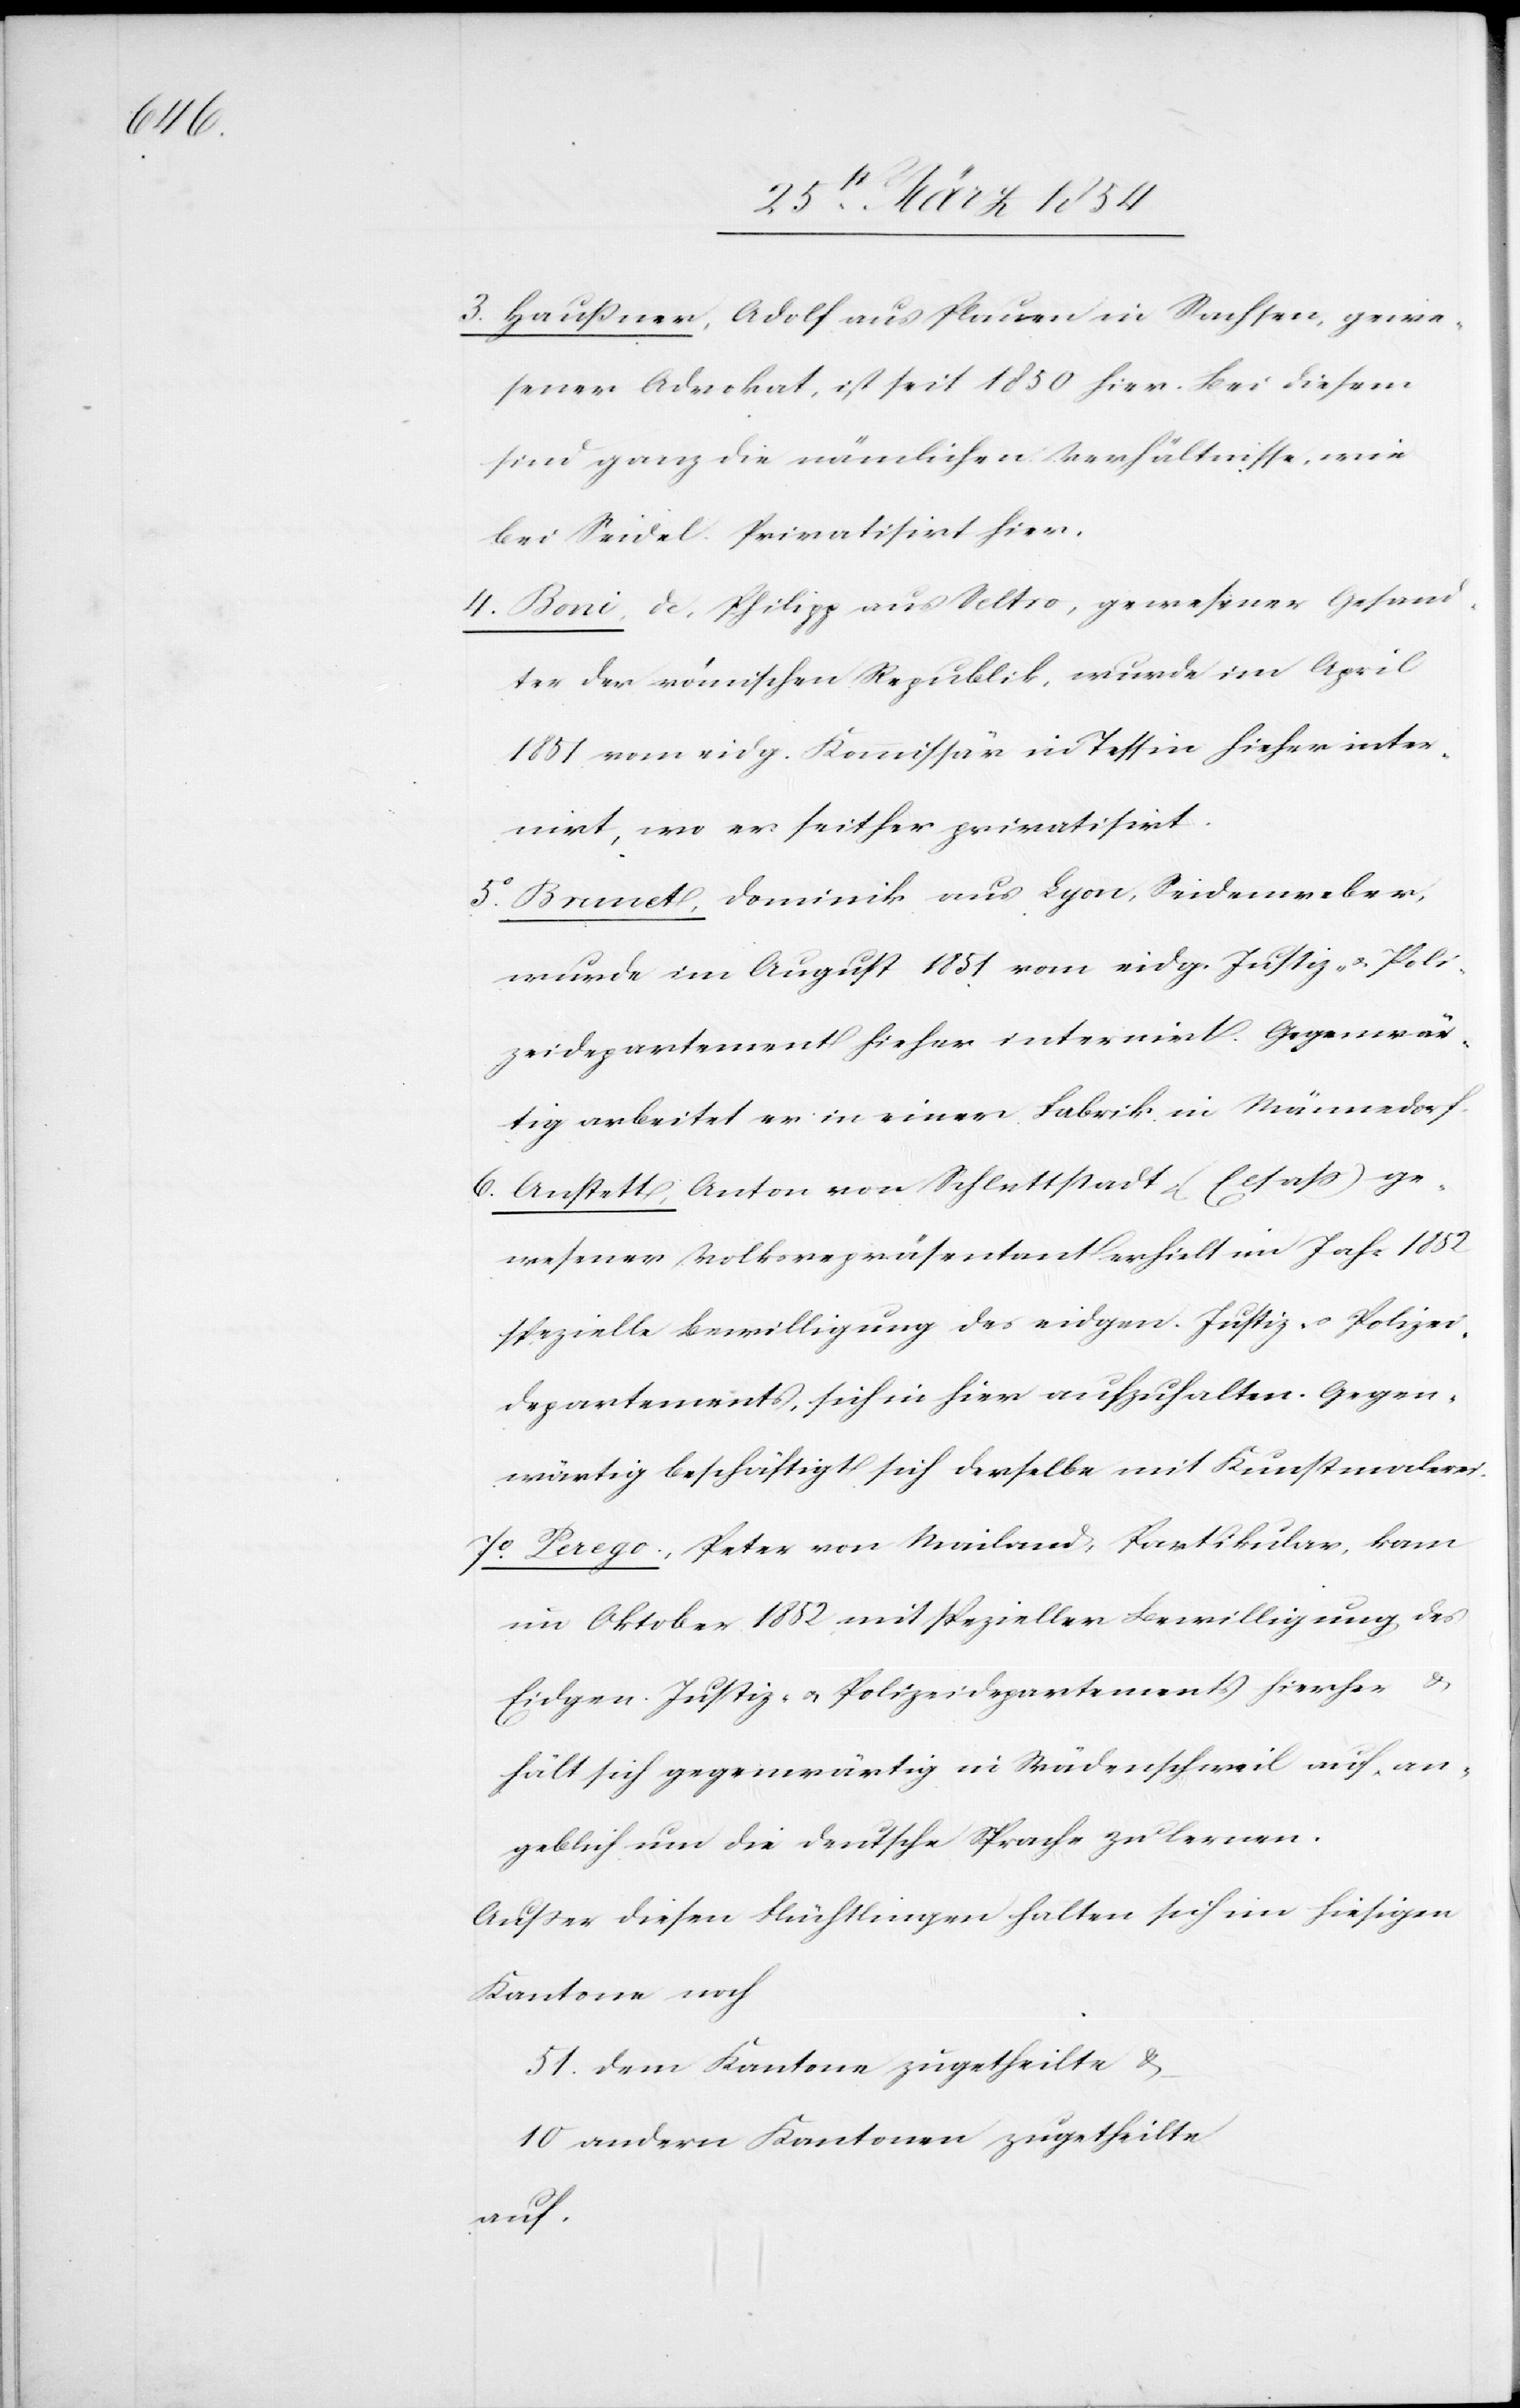
3o Haußner, Adolf aus Plauen in Sachsen, gewe¬
sener Advokat, ist seit 1850 hier. Bei diesem
sind ganz die nämlichen Verhältnisse, wie
bei Seidel. Privatisirt hier.
4o Boni, de, Philipp aus Seltro, gewesener Gesand¬
ter der römischen Republik, wurde im April
1851 vom eidg. Komissar in Tessin hieher inter¬
nirt, wo er seither privatisirt.
5o Brunct, Dominik aus Lyon, Seidenweber,
wurde im August 1851 vom eidg. Justiz- & Poli¬
zeidepartements hieher internirt. Gegenwär¬
tig arbeitet er in einer Fabrik in Männedorf.
6o Anstett, Anton von Schlettstadt (Elsaß) ge¬
wesener Volksrepräsentant erhielt im Jahr 1852
spezielle Bewilligung des eidgen. Justiz- u. Polizei¬
departements, sich in hier aufzuhalten. gegen¬
wärtig beschäftigt sich derselben mit Kunstmalerei.
7o Perego, Peter von Mailand, Partikular, kam
im Oktober 1852 mit spezieller Bewilligung des
Eidgen. Justiz- u. Polizeidepartements hierher &
hält sich gegenwärtig in Wädenschweil auf, an¬
geblich um die deutsche Sprache zu lernen.
Außer diesen Flüchtlingen halten sich im hiesigen
Kanton noch
51. dem Kantone zugetheilte &
10 andern Kantonen zugetheilte
auf.